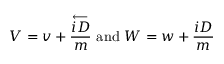
{ \cal V } = v + \frac { \stackrel { \longleftarrow } { i D } } { m } \mathrm { ~ a n d ~ } { \cal W } = w + \frac { i D } { m }